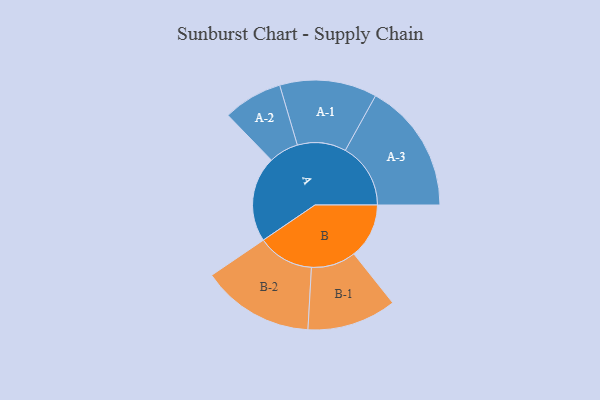
{"axis": {"x": "Segment", "y": "Value"}, "legend": ["", "A", "B"], "data": [{"x": "A", "y": 303, "type": ""}, {"x": "B", "y": 195, "type": ""}, {"x": "A-1", "y": 172, "type": "A"}, {"x": "A-2", "y": 105, "type": "A"}, {"x": "A-3", "y": 231, "type": "A"}, {"x": "B-1", "y": 158, "type": "B"}, {"x": "B-2", "y": 199, "type": "B"}]}